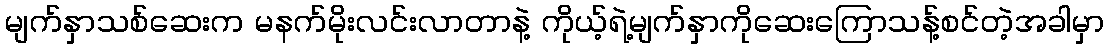
မျက်နှာသစ်ဆေးက မနက်မိုးလင်းလာတာနဲ့ ကိုယ့်ရဲ့မျက်နှာကိုဆေးကြောသန့်စင်တဲ့အခါမှာ